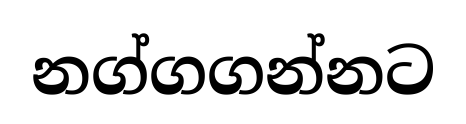
නග්ගගන්නට